NAE_EAA_T-354_Tartu_Tamme_Gumnaasium, lk 92
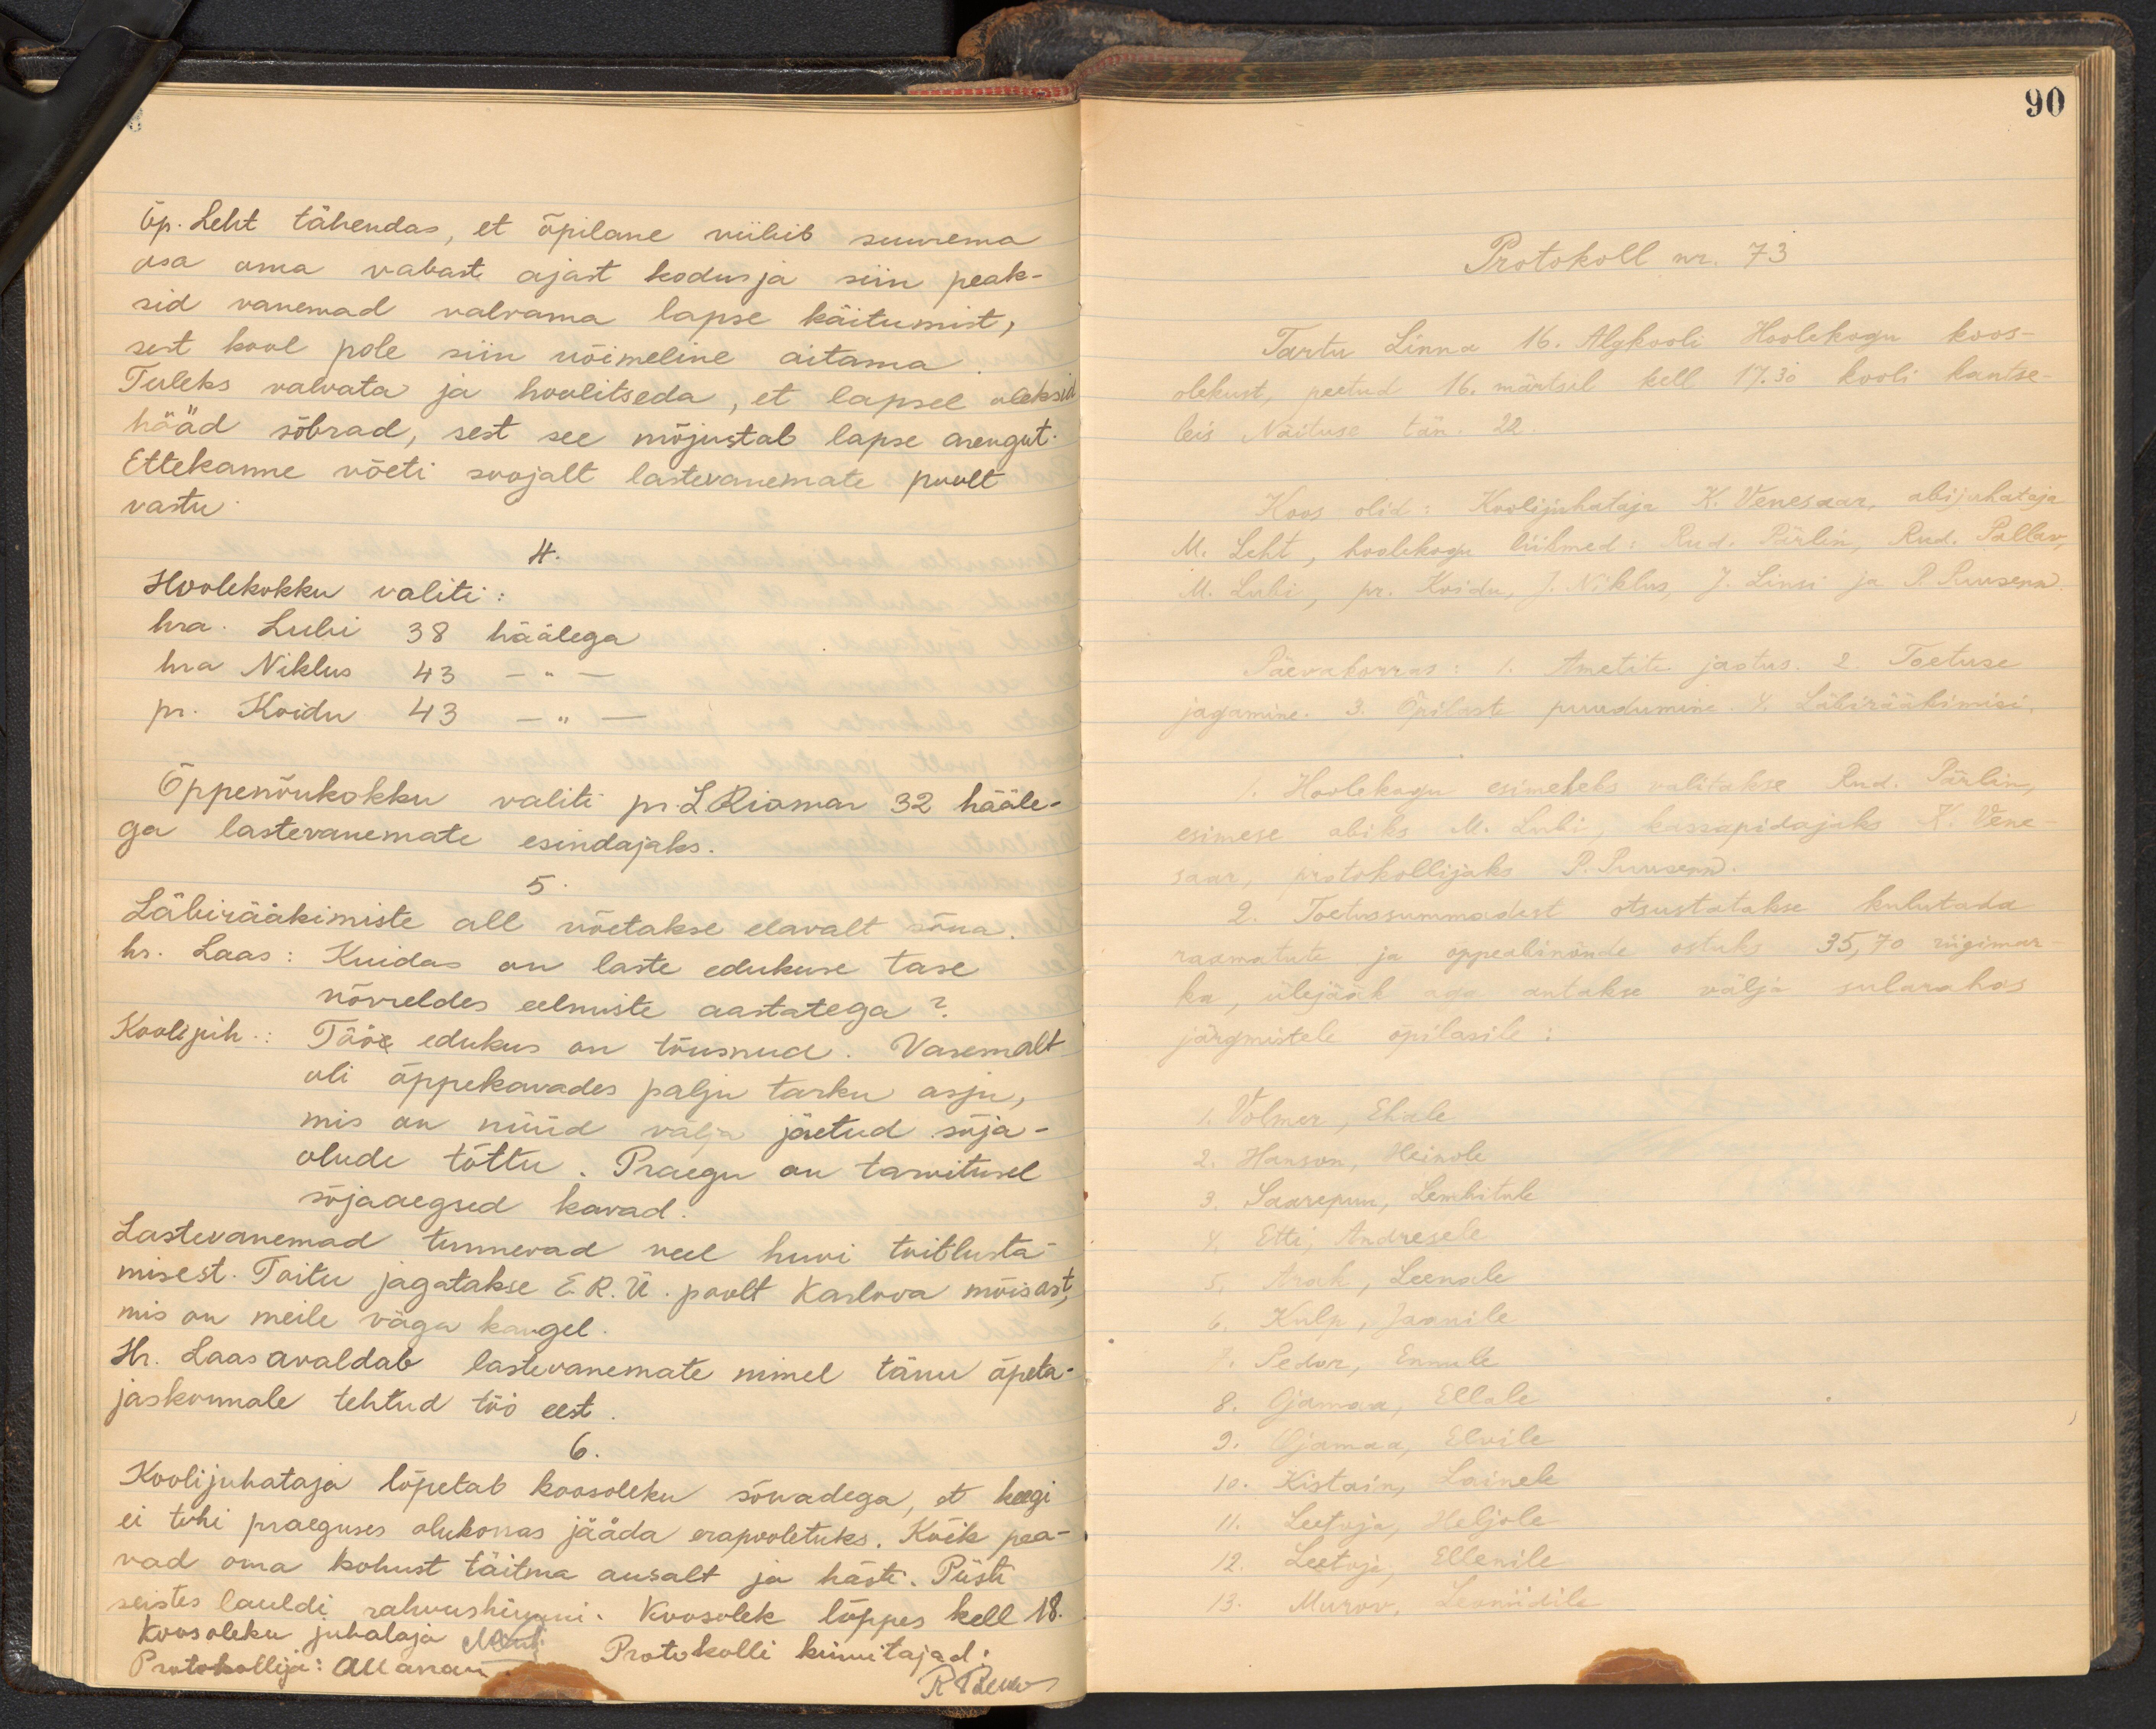
õp. Leht tähendas, et õpilane viibib suurema
osa oma vabast ajast kodus ja siin peak-
sid vanemad valvama lapse käitumist,
sest kool pole siin võimeline aitama
Tuleks valvata ja hoolitseda, et lapsel oleksid
hääd sõbrad, sest see mõjustab lapse arengut.
Ettekanne võeti soojalt lastevanemate poolt
vastu
4.
Hoolekokku valiti:
hra. Lubi 38 häälega
hra Niklus 43 -"-
pr. Koidu 43 -"-
Õppenõukokku valiti pr. L. Riomar 32 hääle-
ga lastevanemate esindajaks.
5.
Läbirääkimiste all võetakse elavalt sõna.
hr. Laas: Kuidas on laste edukuse tase.
võrreldes eelmiste aastatega?
Kooli juh: Töö edukus on tõusnud. Varemalt
oli õppekavades palju tarku asju,
mis on nüüd välja jäetud sõja-
olude tõttu. Praegu on tarvitusel
sõjaaegsed kavad.
Lastevanemad tunnevad veel huvi toitlusta-
misest. Toitu jagatakse E.R.Ü. poolt Karlova mõisast,
mis on meile väga kaugel.
H. Laas avaldab lastevanemate nimel tänu õpeta-
jaskonnale tehtud töö eest
6.
Koolijuhataja lõpetab koosoleku sõnadega, et keegi-
ei tohi praeguses olukorras jääda erapooletuks. Kõik pea-
vad oma kohust täitma ausalt ja hästi. Püsti
seistes lauldi rahvushümni. Koosolek lõppes kell 18.
Koosoleku juhataja Mets Protokolli kinnitajad:
Protokollija: Allaanem
R A. Lem

90
Protokoll nr. 73
Tartu Linna 16. Algkooli Hoolekogu koos-
olekust, peetud 16. märtsil kell 17.30 kooli kantse-
leis Näituse tän. 22.
Koos olid: Koolijuhataja K. Venesaar, abijuhataja
M. Leht, hoolekogu liikmed: Rud. Pärlin, Rud. Pallav,
M. Lubi, pr. Koidu, J. Niklus, J. Linsi ja P. Puusepp.
Päevakorras: 1. Ametite jaotus. 2. Toetuse
jagamine. 3. Õpilaste puudumine. 4. Läbirääkimisi,
Hoolekogu esimeheks valitakse Rud. Pärlin,
esimese abiks M. Lubi, kassapidajaks K. Vene-
saar, protokollijaks P. Puusepp.
2. Toetussummadest otsustatakse kulutada
raamatute ja õppeabinõude ostuks 35,70 riigimar
ka, ülejääk aga antakse välja sularahas
järgmistele õpilasile:
1. Volmer, Ehale
2. Hanson, Heinole
3. Saarepuu, Lemhitule
4. Etti, Andresele
5. Arak, Leenale
6. Kulp, Jaanile
7. Pedor, Ennule
8. Ojamaa, Ellale
9. Ojamaa, Elvile
10. Kistain, Lainele.
11. Leetoja, Heljole.
12. Leetoja, Ellenile.
13. Murav, Leoniidile.